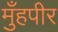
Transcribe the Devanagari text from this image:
मुँहपीर